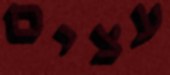
עצים